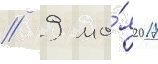
// 9 ма́я 2017